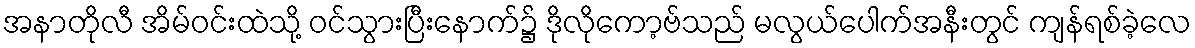
အနာတိုလီ အိမ်ဝင်းထဲသို့ ဝင်သွားပြီးနောက်၌ ဒိုလိုကော့ဗ်သည် မလွယ်ပေါက်အနီးတွင် ကျန်ရစ်ခဲ့လေ